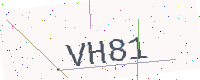
Text: VH81